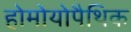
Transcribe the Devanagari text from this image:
होमोयोपैथिक